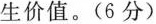
生价值。(6分)